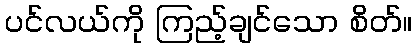
ပင်လယ်ကို ကြည့်ချင်သော စိတ်။